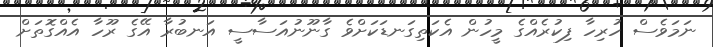
ނަމަވެސް ހުރިހާ ފިކުރެއްގެ މީހުން އެކަތިގަނޑަކަށްވެ ގާނޫނުއަސާސީ އަނބުރާ އޭގެ ރޫހާ އެއްގޮތަށް